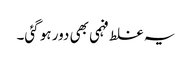
یہ غلط فہمی بھی دور ہو گئی۔